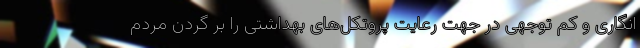
انگاری و کم توجهی در جهت رعایت پروتکل‌های بهداشتی را بر گردن مردم